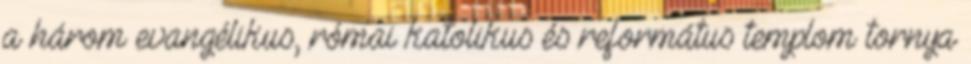
a három evangélikus, római katolikus és református templom tornya